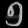
Digit: ၅